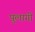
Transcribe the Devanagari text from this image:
पुलागी